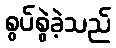
စွပ်စွဲခဲ့သည်